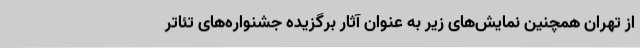
از تهران همچنین نمایش‌های زیر به عنوان آثار برگزیده جشنواره‌های تئاتر